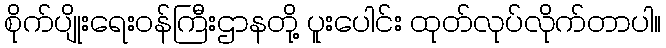
စိုက်ပျိုးရေးဝန်ကြီးဌာနတို့ ပူးပေါင်း ထုတ်လုပ်လိုက်တာပါ။